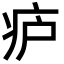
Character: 𬏞